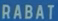
RABAT